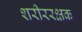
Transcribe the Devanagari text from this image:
शरीररक्षक